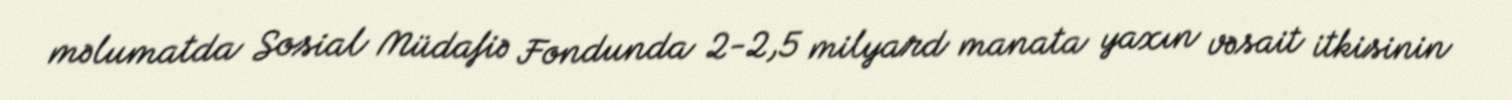
məlumatda Sosial Müdafiə Fondunda 2-2,5 milyard manata yaxın vəsait itkisinin